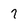
Character: 7